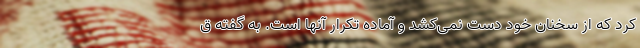
کرد که از سخنان خود دست نمی‌کشد و آماده تکرار آنها است. به گفته ق